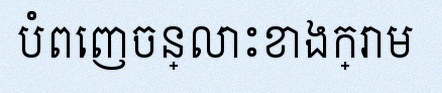
បំពេញចន្លោះខាងក្រោម